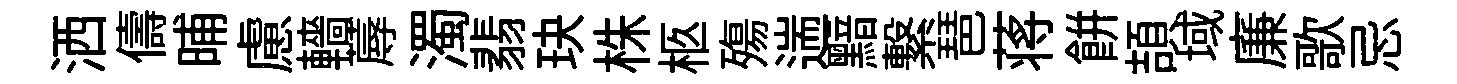
洒儔晡慮轖蓐濁翡玦株柩殤遄黯繋琶蒋餅頡域廉歌忌